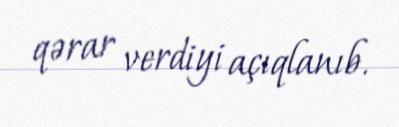
qərar verdiyi açıqlanıb.